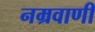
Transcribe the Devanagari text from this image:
नम्रवाणी